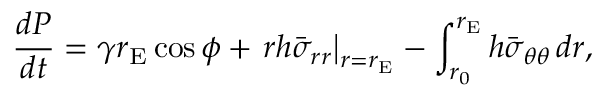
\frac { d P } { d t } = \gamma r _ { \mathrm { E } } \cos \phi + \left. r h \bar { \sigma } _ { r r } \right| _ { r = r _ { \mathrm { E } } } - \int _ { r _ { 0 } } ^ { r _ { \mathrm { E } } } h \bar { \sigma } _ { \theta \theta } \, d r ,